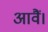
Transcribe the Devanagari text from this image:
आवैं।